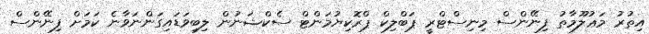
އިތުރު މަޢުލޫމާތު ފިނޭންސް މިނިސްޓްރީ ޕަބްލިކް ޕްރޮކިޔުމަންޓް ސެކްޝަނުން ލިބިވަޑައިގަންނަވާނެ ކަމަށް ފިނޭންސް